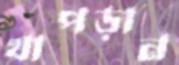
থাপড়ান